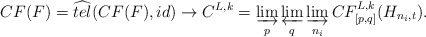
\begin{align*}CF(F)= \widehat{tel}(CF(F), id)\rightarrow C^{L,k}=\varinjlim_{p}\varprojlim_{q}\varinjlim_{n_{i}}CF^{L,k}_{[p,q]}(H_{n_{i},t}).\end{align*}